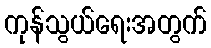
ကုန်သွယ်ရေးအတွက်